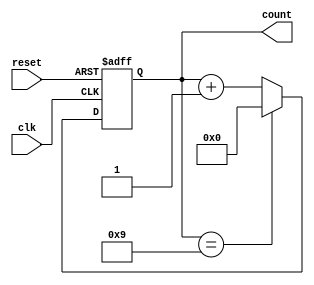
module BCD_Asynchronous_Counter (
    input wire clk,          // Clock input
    input wire reset,        // Asynchronous reset
    output reg [3:0] count   // BCD output (D3, D2, D1, D0)
);

// Asynchronous reset and counting logic
always @(posedge clk or posedge reset) begin
    if (reset) begin
        count <= 4'b0000;  // Reset counter to 0
    end else begin
        if (count == 4'b1001) begin
            count <= 4'b0000;  // Reset to 0 when reaching 10
        end else begin
            count <= count + 1; // Increment the counter
        end
    end
end

endmodule